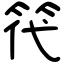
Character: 笩